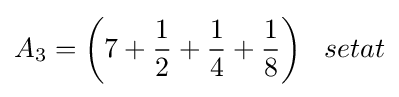
A_{3}={\bigg (}7+{\frac {1}{2}}+{\frac {1}{4}}+{\frac {1}{8}}{\bigg )}\;\;\;setat